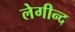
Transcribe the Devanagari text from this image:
लेगीन्द